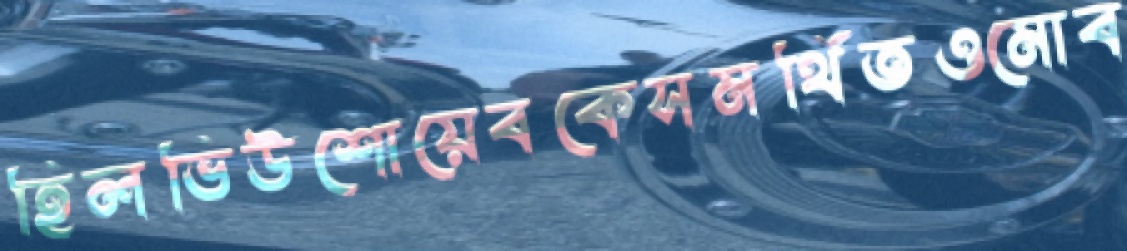
হিলভিউশোয়েবকেসমর্থিতওমোব